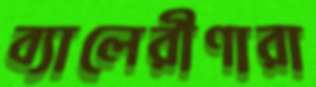
ব্যালেরীণারা